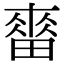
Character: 𤲷